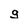
Character: g